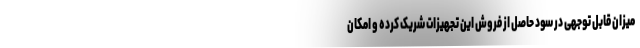
میزان قابل توجهی در سود حاصل از فروش این تجهیزات شریک کرده و امکان